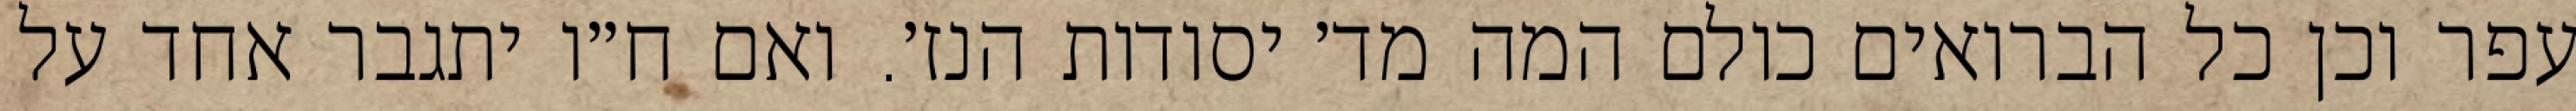
עפר וכן כל הברואים כולם המה מד׳ יסודות הנז׳. ואם ח״ו יתגבר אחד על